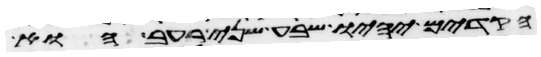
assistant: הקדים יהיו שבע שני רעב הוא